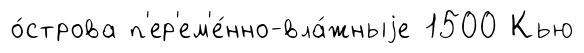
о́строва п'ер'ем'е́нно-вла́жныjе 1500 Кью